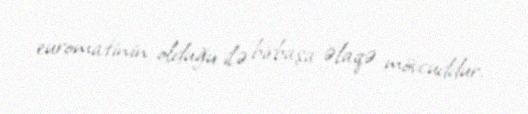
euromatinin olduğu ilə birbaşa əlaqə mövcuddur.